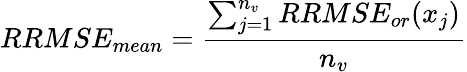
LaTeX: RRMSE_{mean}=\frac{\sum_{j=1}^{n_{v}}RRMSE_{or}(x_{j})}{n_{v}}